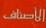
الأصناف